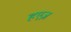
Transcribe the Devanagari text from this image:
हएज़